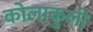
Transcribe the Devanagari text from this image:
कोलाकुली